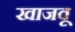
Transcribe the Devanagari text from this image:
खाजवू